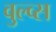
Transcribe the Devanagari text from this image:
वुल्व्स